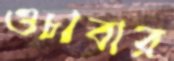
ওচাবার